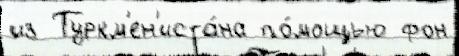
из Туркм'ен'иста́на по́мощью фон